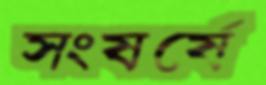
সংষর্ষে